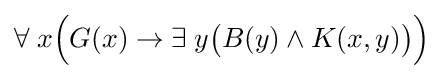
\forall \;x{\Big (}G(x)\rightarrow \exists \;y{\big (}B(y)\land K(x,y){\big )}{\Big )}